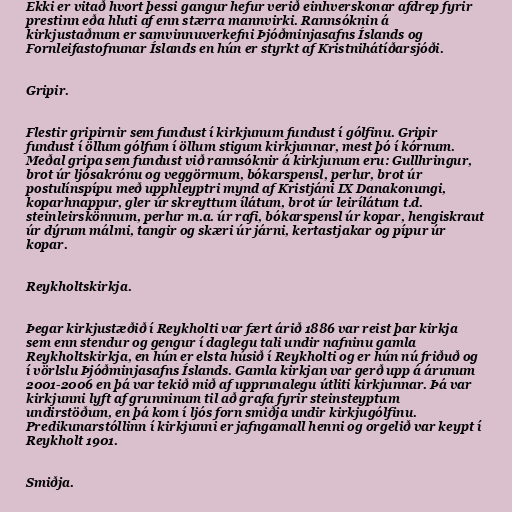
Ekki er vitað hvort þessi gangur hefur verið einhverskonar afdrep fyrir
prestinn eða hluti af enn stærra mannvirki. Rannsóknin á
kirkjustaðnum er samvinnuverkefni Þjóðminjasafns Íslands og
Fornleifastofnunar Íslands en hún er styrkt af Kristnihátíðarsjóði.

Gripir.

Flestir gripirnir sem fundust í kirkjunum fundust í gólfinu. Gripir
fundust í öllum gólfum í öllum stigum kirkjunnar, mest þó í kórnum.
Meðal gripa sem fundust við rannsóknir á kirkjunum eru: Gullhringur,
brot úr ljósakrónu og veggörmum, bókarspensl, perlur, brot úr
postulínspípu með upphleyptri mynd af Kristjáni IX Danakonungi,
koparhnappur, gler úr skreyttum ílátum, brot úr leirílátum t.d.
steinleirskönnum, perlur m.a. úr rafi, bókarspensl úr kopar, hengiskraut
úr dýrum málmi, tangir og skæri úr járni, kertastjakar og pípur úr
kopar.

Reykholtskirkja.

Þegar kirkjustæðið í Reykholti var fært árið 1886 var reist þar kirkja
sem enn stendur og gengur í daglegu tali undir nafninu gamla
Reykholtskirkja, en hún er elsta húsið í Reykholti og er hún nú friðuð og
í vörlslu Þjóðminjasafns Íslands. Gamla kirkjan var gerð upp á árunum
2001-2006 en þá var tekið mið af upprunalegu útliti kirkjunnar. Þá var
kirkjunni lyft af grunninum til að grafa fyrir steinsteyptum
undirstöðum, en þá kom í ljós forn smiðja undir kirkjugólfinu.
Predikunarstóllinn í kirkjunni er jafngamall henni og orgelið var keypt í
Reykholt 1901.

Smiðja.